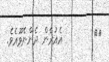
٥٥        އެއުރެން ދެންނެވޫއެވެ.